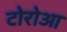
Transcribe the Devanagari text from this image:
टोरोआ